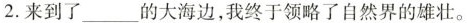
2.来到了___的大海边，我终于领略了自然界的雄壮。